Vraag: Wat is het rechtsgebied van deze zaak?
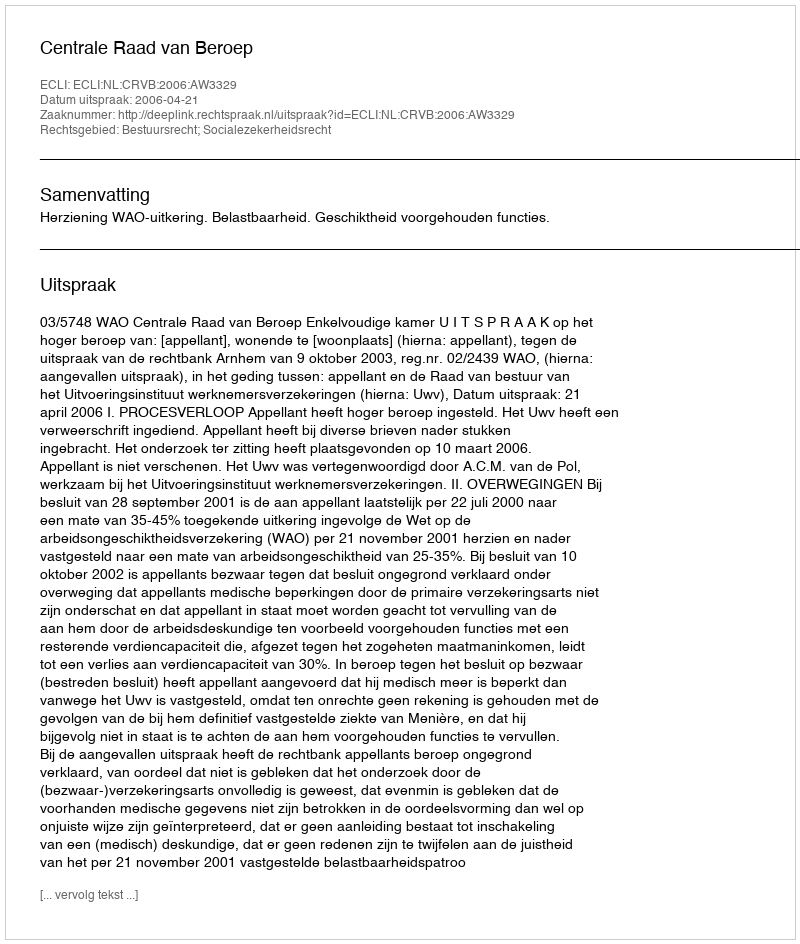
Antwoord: Bestuursrecht; Socialezekerheidsrecht